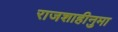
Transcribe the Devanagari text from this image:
राजशाहीनुमा